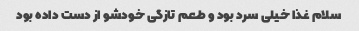
سلام غذا خیلی سرد بود و طعم تازگی خودشو از دست داده بود